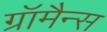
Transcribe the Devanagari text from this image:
ग्रॉमैन्स